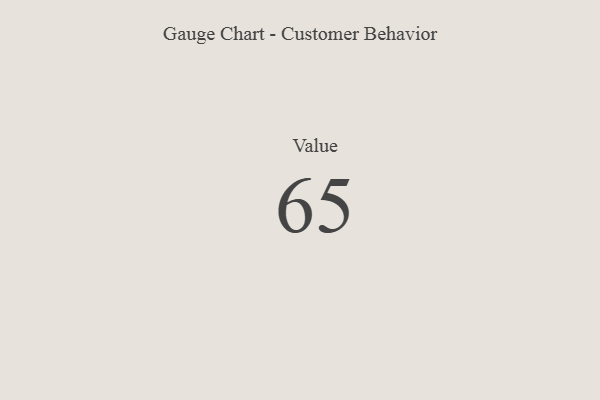
{"axis": {"x": "Metric", "y": "Value"}, "legend": [""], "data": [{"x": "Value", "y": 65, "type": ""}]}